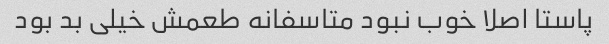
پاستا اصلا خوب نبود متاسفانه طعمش خیلی بد بود